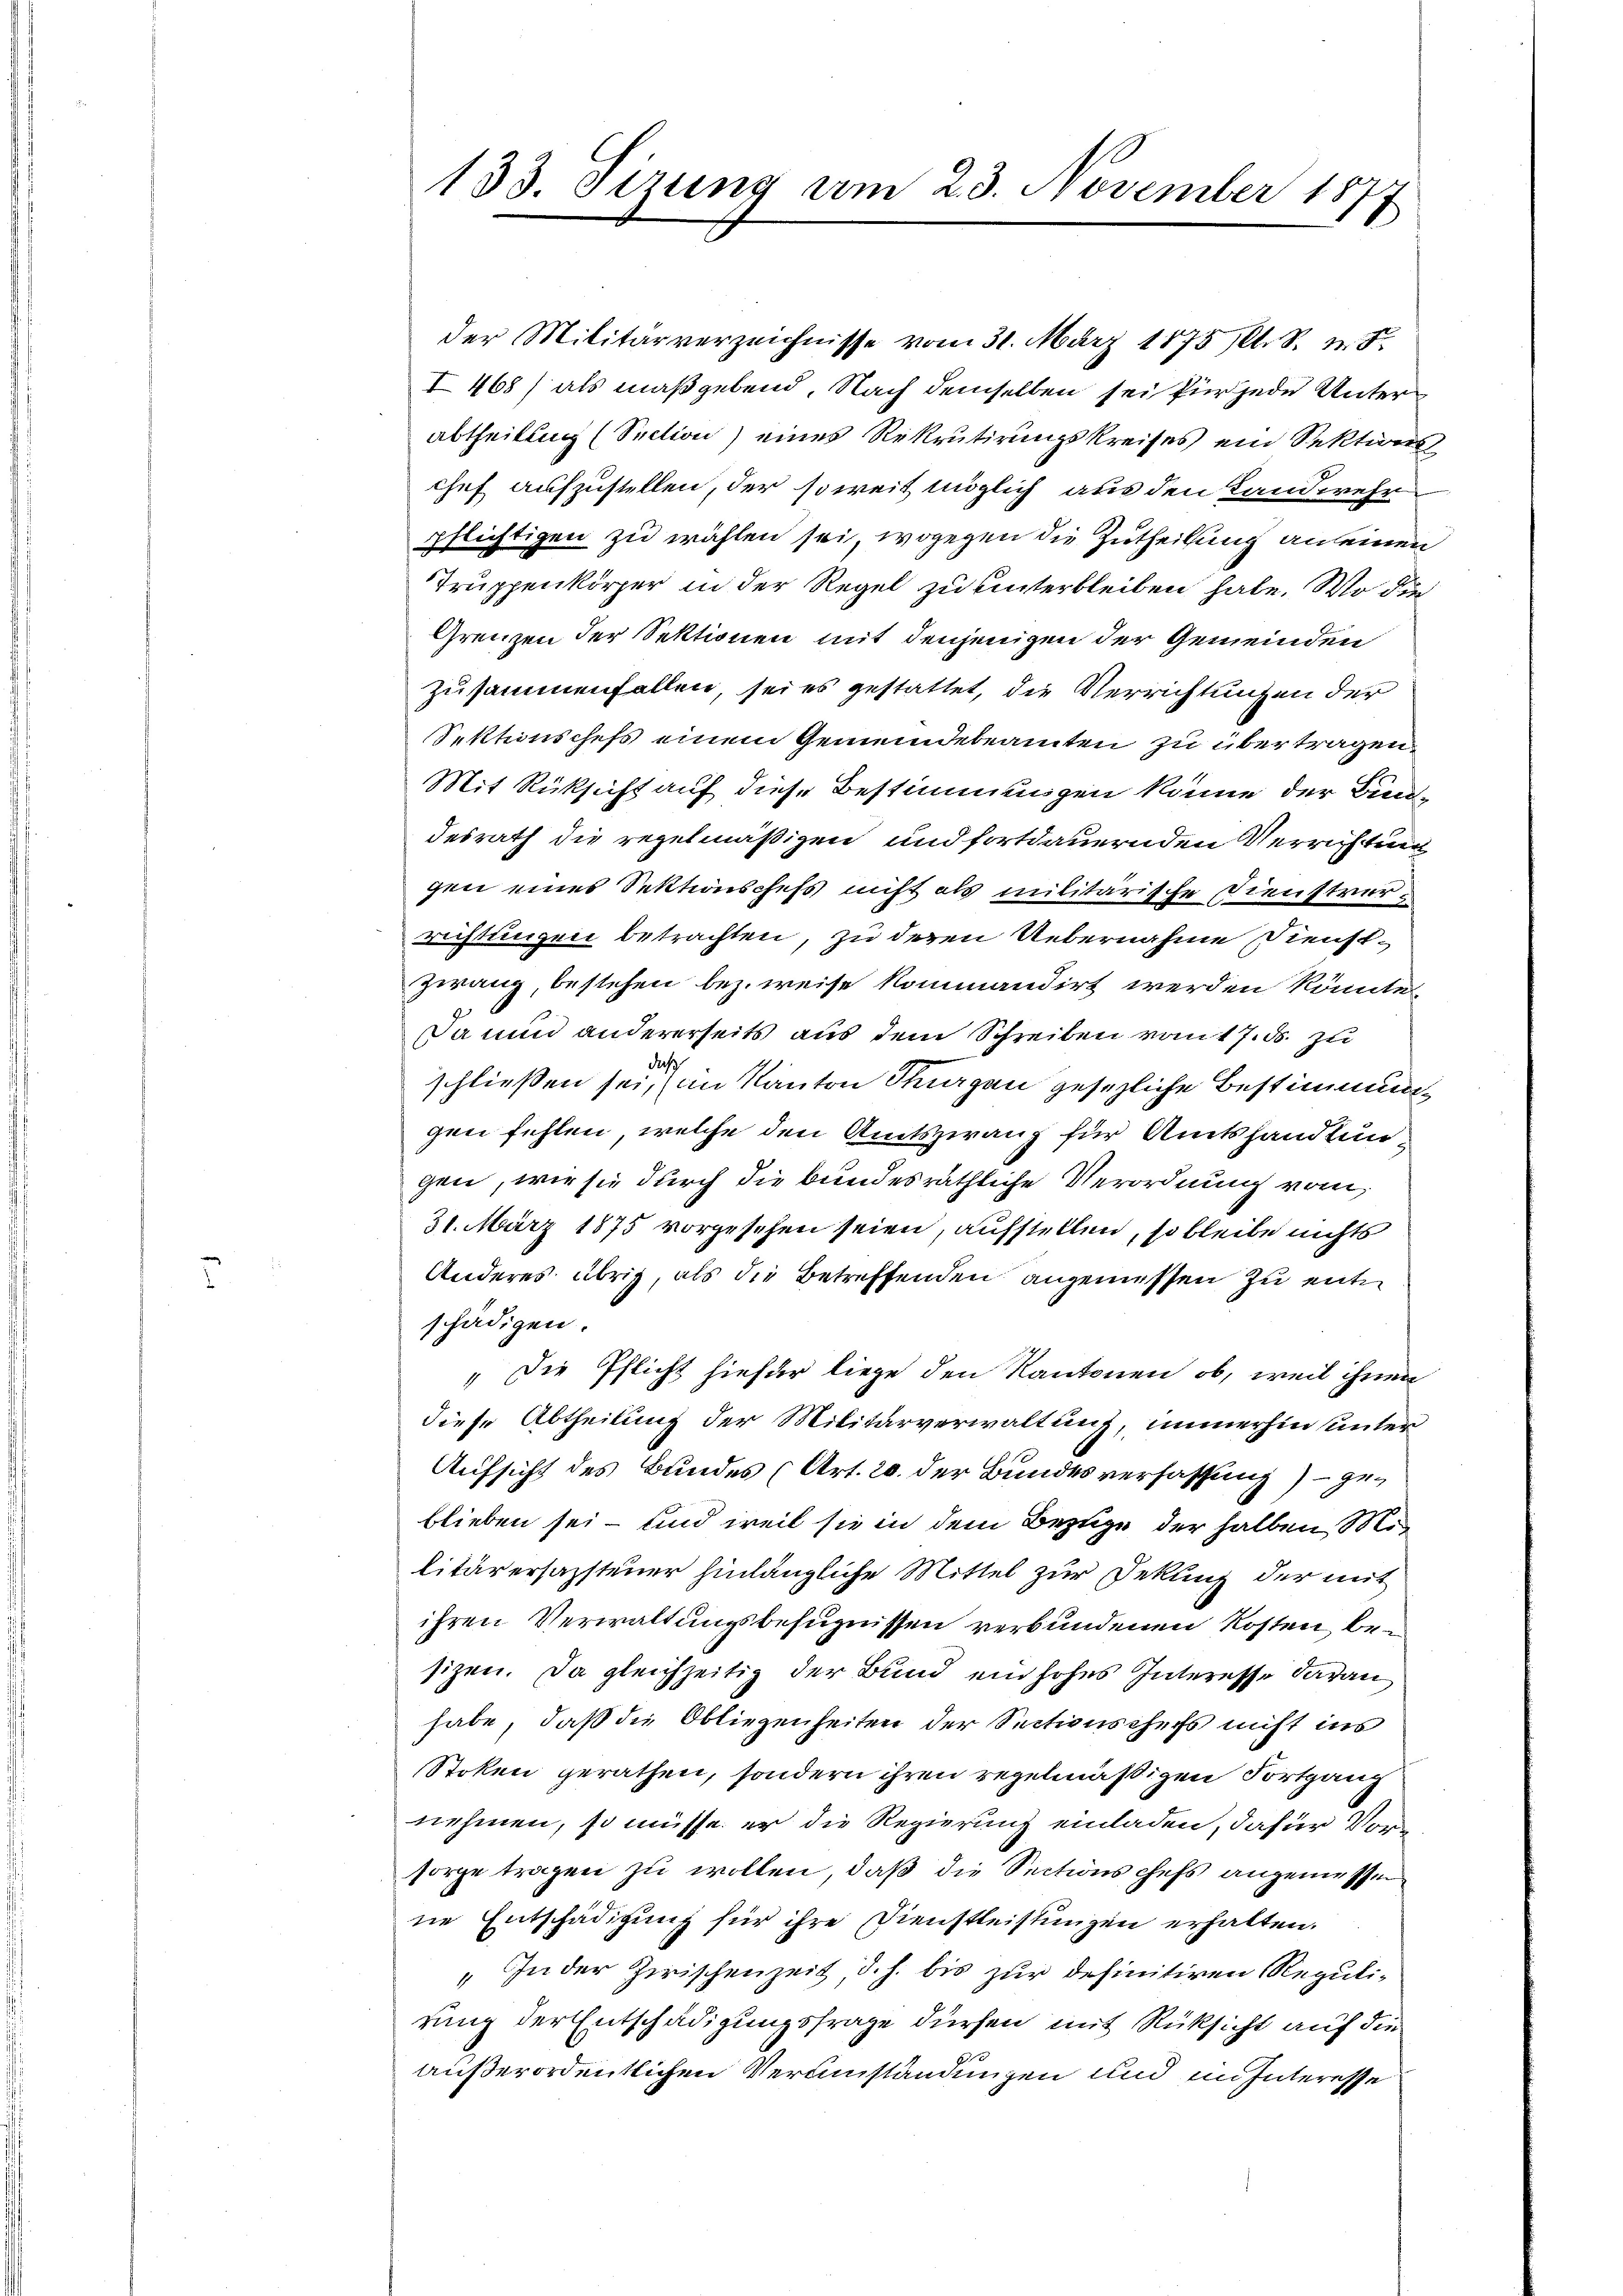
133. Sizung am 23. November 1877

der Militärverzeichnisse vom 31. März 1875 (lt. S. 18.
I468) als maßgebend, Nach demselben sei für jede Unterabtheilung (Section) eines Rekrutirungskreises ein Sektions¬
Chef aufzustellen, der soweit möglich aus den Landwehr
pflichtigen zu wählen sei, wogegen die Zutheilung an seinen
Truppenkörper in der Regel zu hinterbleiben habe. Wo die
Grenzen der Sektionen mit denjenigen der Gemeinden
zusammenfallen, sei es gestattet, die Verrichtungen der
Sektionschefs einem Gemeindebeamten zu übertragen.
Mit Rüksicht auf diese Bestimmungen könne der Bun-
desrath die regelmäßigen und fortdauernden Verrichtung
gen eines Sektionschefs nicht als militärische Dienstrerrichtungen betrachten, zu deren Uebernahme Dienst¬
Zwang, bestehen bez. weise kommandirt werden könnte,
Da nun andererseits aus dem Schreiben vom 17. ds. zu
das
schließen sei, im Kanton Sorgen gesetzliche Bestimmung
gen fehlen, welche den Amtszwang für Amtshandlungen, wie sie durch die bundesräthliche Verordnung vom
31. März 1875 vorgesehen seien, aufstellen, so bleibe nichts
Anderes übrig, als die Betreffenden angemessen zu ent
schädigen.
„Die Pflicht hiefür liege den Kantonen ob, weil ihnen
diese Abtheilung der Militärverwaltung, immerhin unter
Aufsicht des Bundes (Art. 20. der Bundesverfassung) geblieben sei – und weil sie in dem Bezuge der halben Militär ersamsteuer hinlängliche Mittel zur Dekung der mit
ihren Verwaltungsbefugnissen verbundenen Kosten, besizen. Da gleichzeitig der Bund ein hohes Interesse daranhabe, daß die Obliegenheiten der Sectionschefs nicht ins
Stoken gerathen, sondern ihren regelmäßigen Fortgang
nehmen, so müsse er die Regierung einladen, dafür Vorsorge tragen zu wollen, daß die Sections chefs angemessen
ne Entschädigung für ihre Dienstleistungen erhalten.
„In der Zwischenzeit, d. h. bis zur definitiren Regulirung der Entschädigungsfrage dürfen mit Rücksicht auf die
außerordentlichen Verumständungen und im Interesse